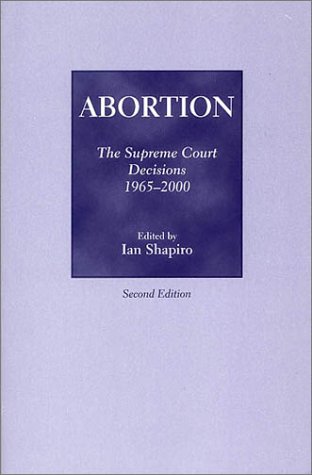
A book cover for Abortion: The Supreme Court Decisions, 1965-2000; Law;